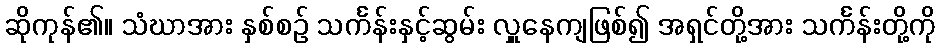
ဆိုကုန်၏။ သံဃာအား နှစ်စဉ် သင်္ကန်းနှင့်ဆွမ်း လှူနေကျဖြစ်၍ အရှင်တို့အား သင်္ကန်းတို့ကို